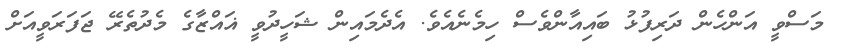
މަސްވީ އަންހެން ދަރިފުޅު ބައިއާންވެސް ހިމެނެއެވެ. އެދެމައިން ޝަހީދުވީ ޣައްޒާގެ މެދުތެރޭ ޖަފަރަވީއަށް